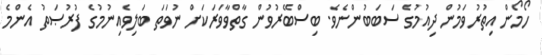
ހޯމޯން އިތުރުވަމުން ދިއުމުގެ ސަބަބުންނެވެ. ބިސްބޭރުވުން ގާތްވާވަރަކަށް ނުވަތަ ބަލިވެއިނުމުގެ ފުރުޞަތު އެންމެ